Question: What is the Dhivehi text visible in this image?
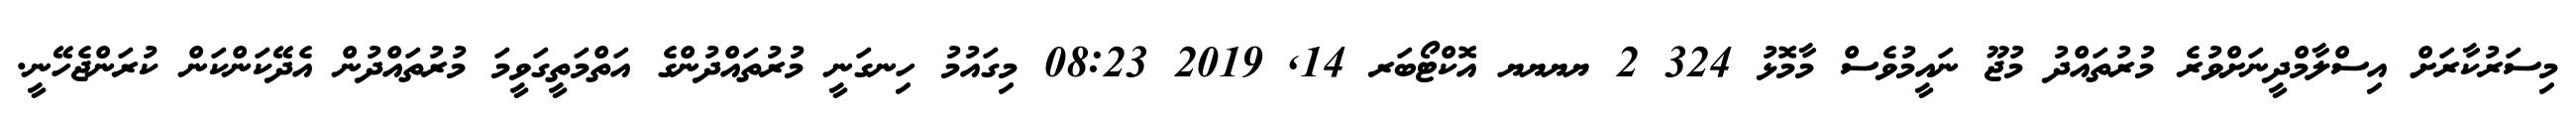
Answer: މިސަރުކާރަށް އިސްލާމްދީނަށްވުރެ މުރުތައްދު މުޖޫ ނައީމުވެސް މާމޮޅު 324 2 ޔޔޔޔ އޮކްޓޯބަރ 14, 2019 08:23 މިގައުމު ހިނގަނީ މުރުތައްދުންގެ އަތްމަތީގަވީމަ މުރުތައްދުން އެދޭކަންކަން ކުރަންޖެހޭނީ.